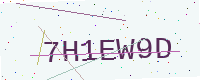
Text: 7H1EW9D